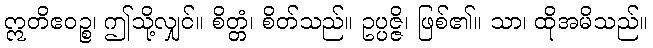
ဣတိဧဝဉ္စ၊ ဤသို့လျှင်။ စိတ္တံ၊ စိတ်သည်။ ဥပ္ပဇ္ဇိ၊ ဖြစ်၏။ သာ၊ ထိုအမိသည်။